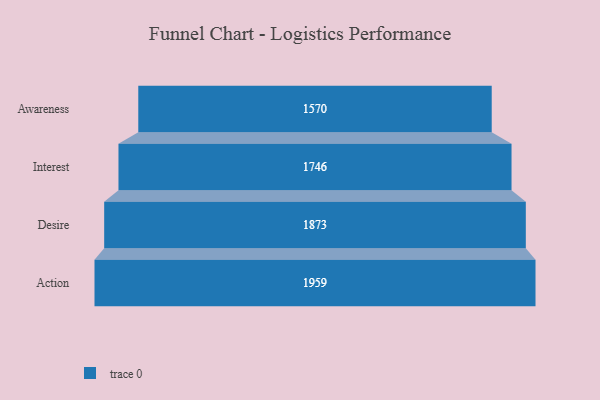
{"axis": {"x": "Stage", "y": "Value"}, "legend": [""], "data": [{"x": "Awareness", "y": 1570.0, "type": ""}, {"x": "Interest", "y": 1746.0, "type": ""}, {"x": "Desire", "y": 1873.0, "type": ""}, {"x": "Action", "y": 1959.0, "type": ""}]}